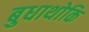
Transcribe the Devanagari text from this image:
बुधाथोकि